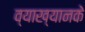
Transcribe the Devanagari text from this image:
व्याख्यानके